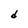
Character: d